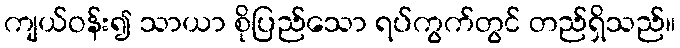
ကျယ်ဝန်း၍ သာယာ စိုပြည်သော ရပ်ကွက်တွင် တည်ရှိသည်။